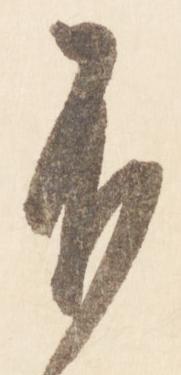
不